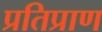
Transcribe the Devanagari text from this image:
प्रतिप्राण